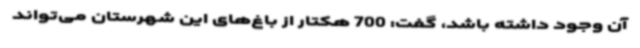
آن وجود داشته باشد، گفت: 700 هکتار از باغ‌های این شهرستان می‌تواند